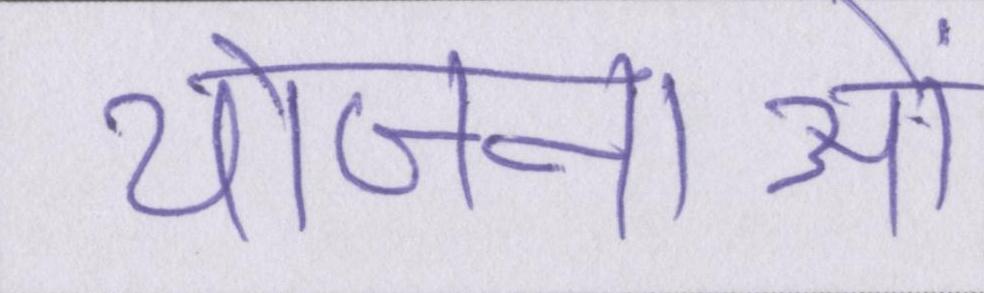
योजनाओं